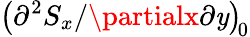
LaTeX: \left({\partial^{2}S_{x}}/{\partialx\partial\mathit{y}}\right)_{\! 0}